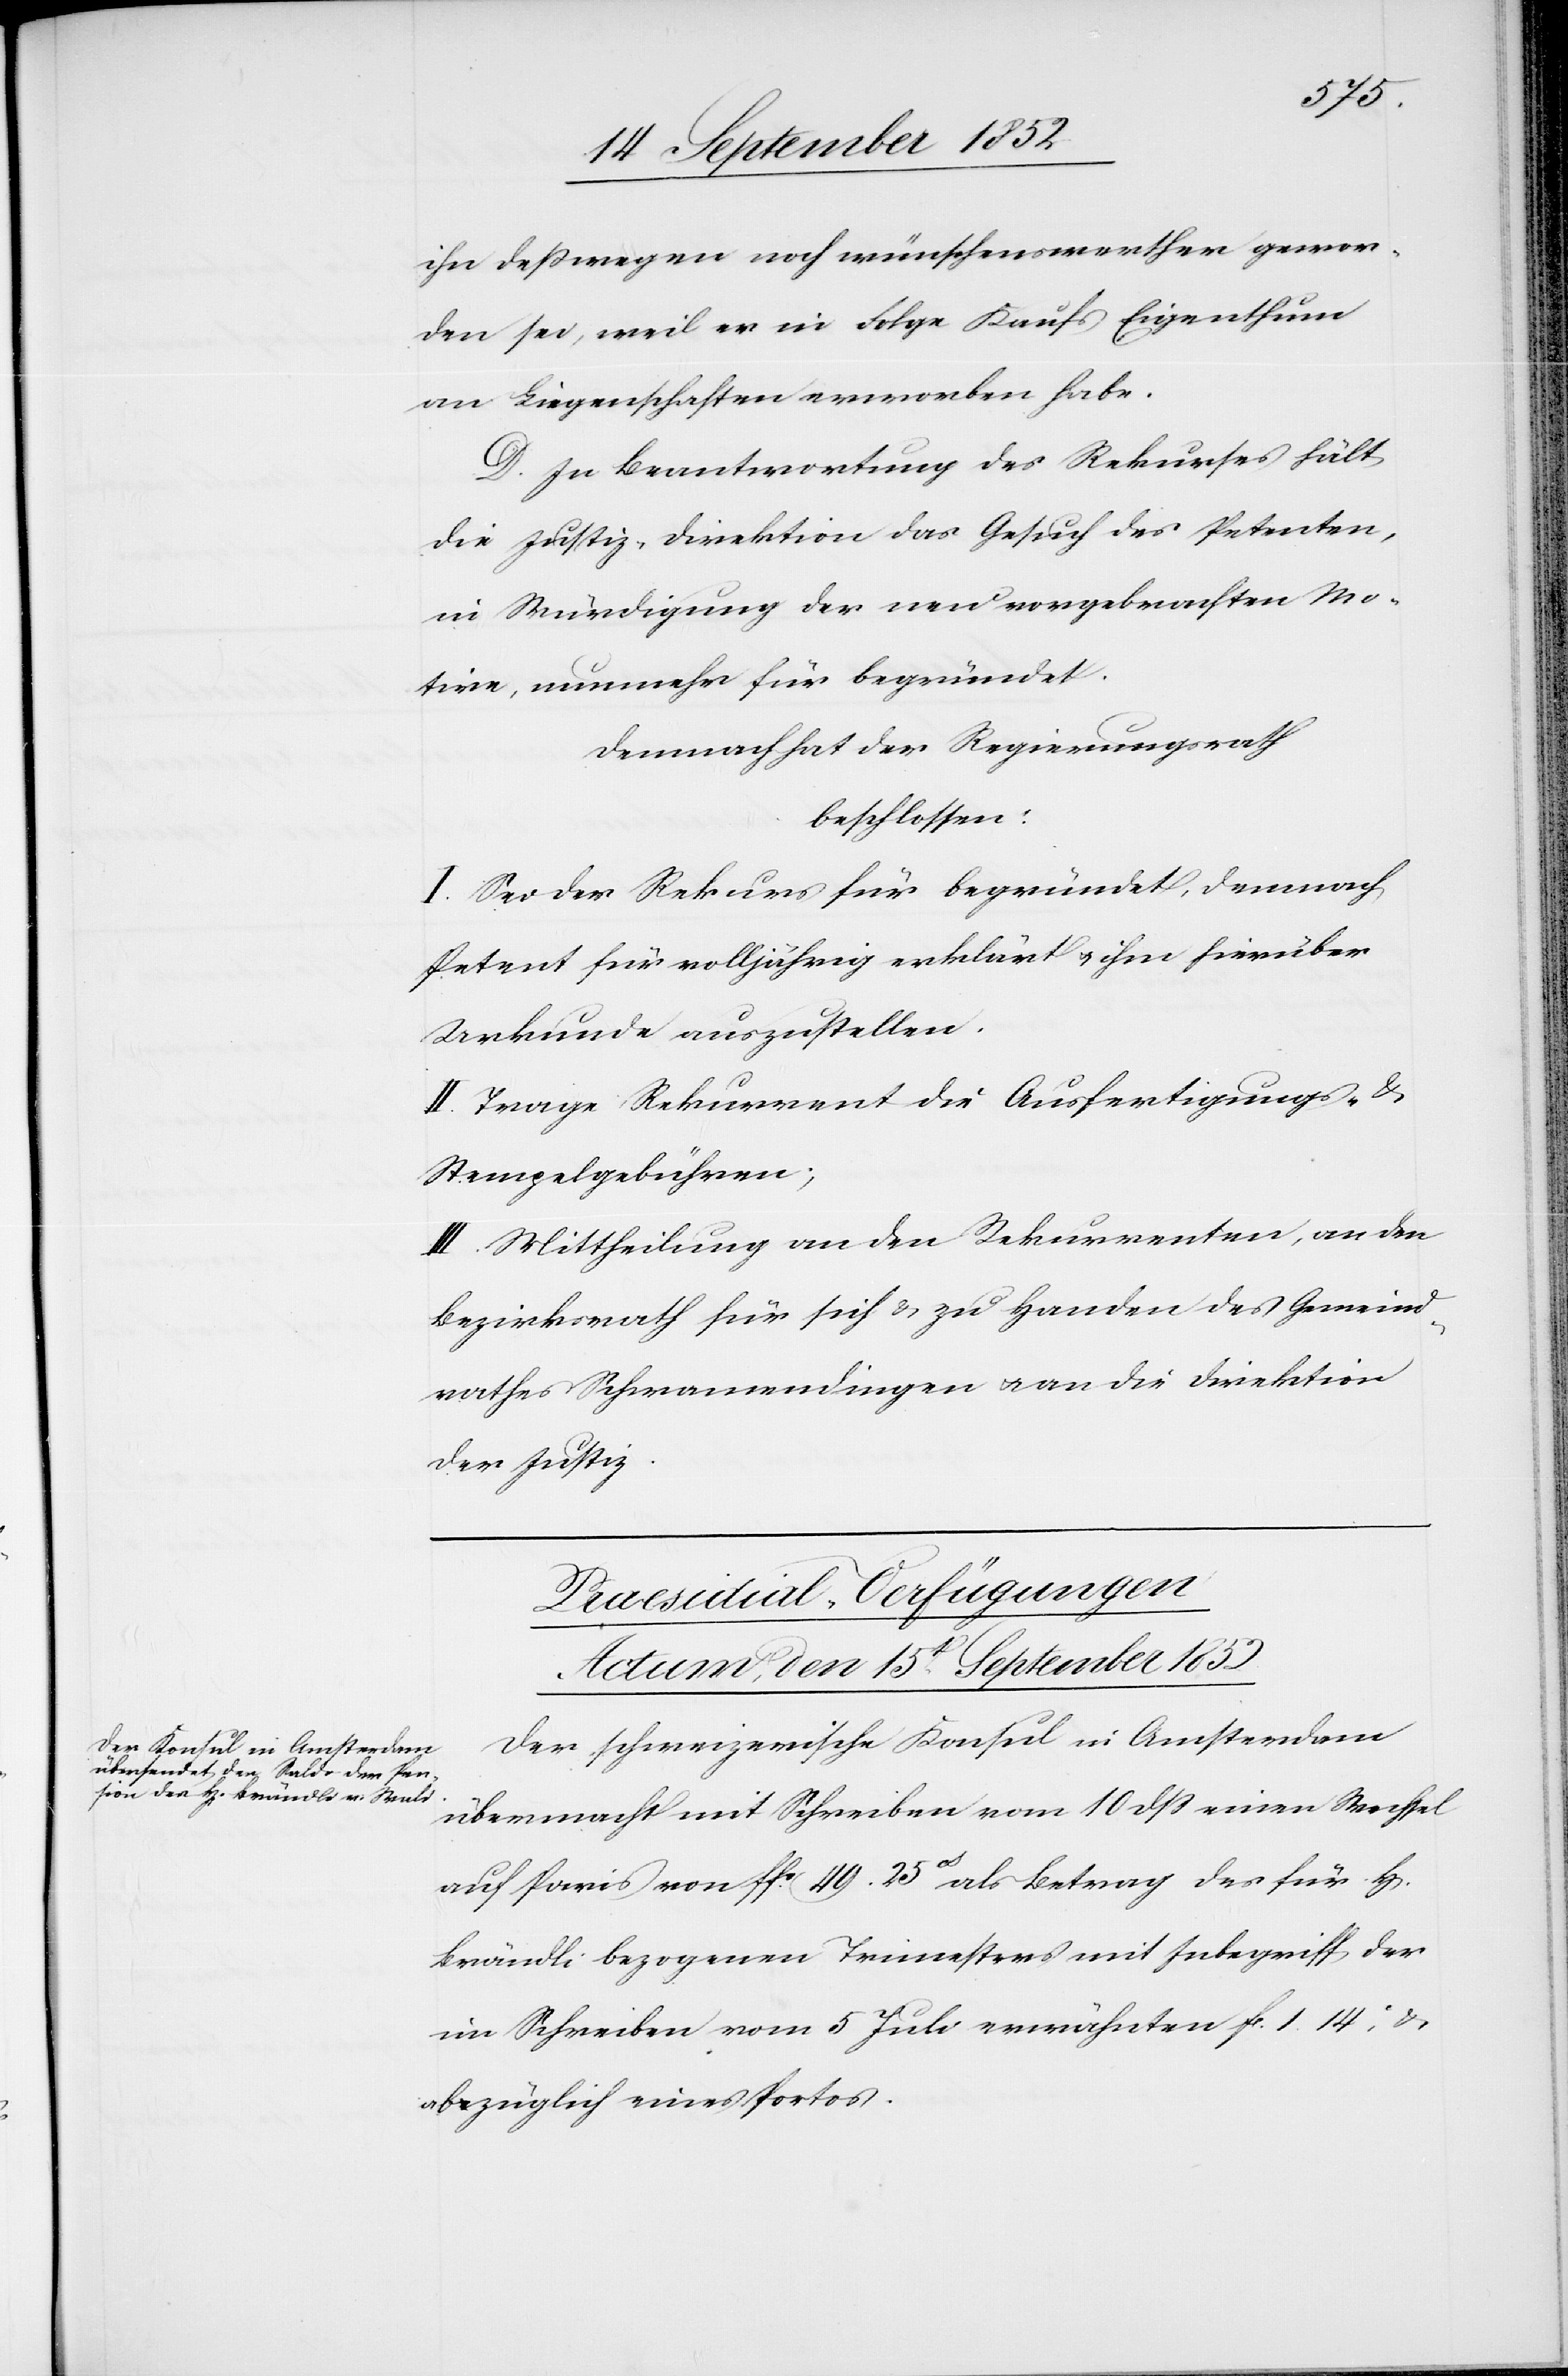
ihn deßwegen noch wünschenswerther gewor¬
den sei, weil er in Folge Kaufs Eigenthum
an Liegenschaften erworben habe.
D. In Beantwortung des Rekurses hält
die Justiz-Direktion das Gesuch des Petenten,
in Würdigung der neu vorgebrachten Mo¬
tive, nunmehr für begründet.
Demnach hat der Regierungsrath
beschlossen:
I. Sei der Rekurs für begründet, demnach
Petent für volljährig erklärt & ihm hierüber
Urkunde auszustellen.
II. Trage Rekurrent die Ausfertigungs- &
Stempelgebühren;
III. Mittheilung an den Rekurrenten, an den
Bezirksrath für sich & zu Handen des Gemeind¬
rathes Schwamendingen & an die Direktion
der Justiz.
Praesidial-Verfügungen
Actum, den 15t. September 1852
Der schweizerische Konsul in Amsterdam
übermacht mit Schreiben vom 10 dss einen Wechsel
rrn]
auf Paris von ffs. 49. 25ct als Betrag des für H[e¬
Brändli bezogenen Trimesters mit Inbegriff der
im Schreiben vom 5 Juli erwähnten fl. 1. 14c, &
abzüglich eines Portos.